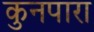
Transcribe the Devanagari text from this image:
कुनपारा